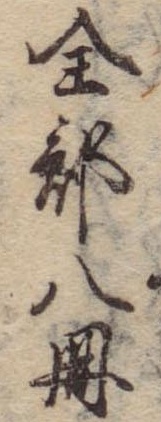
全部八冊